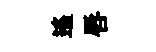
遙唇